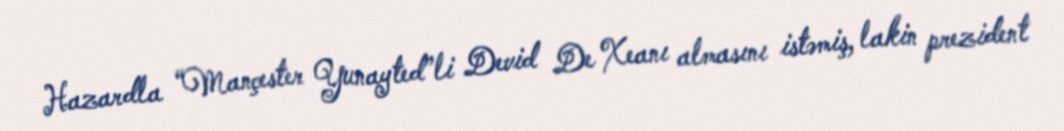
Hazardla “Mançester Yunayted”li Devid De Xeanı almasını istəmiş, lakin prezident